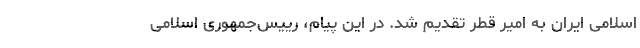
اسلامی ایران به امیر قطر تقدیم شد. در این پیام، رییس‌جمهوری اسلامی